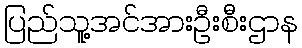
ပြည်သူ့အင်အားဦးစီးဌာန